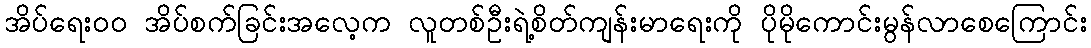
အိပ်ရေးဝဝ အိပ်စက်ခြင်းအလေ့က လူတစ်ဦးရဲ့စိတ်ကျန်းမာရေးကို ပိုမိုကောင်းမွန်လာစေကြောင်း